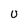
Character: U